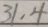
3 1 . 4